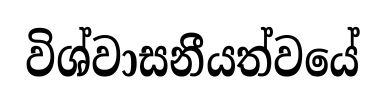
විශ්වාසනීයත්වයේ